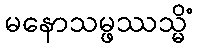
မနောသမ္ဖဿသ္မိံ